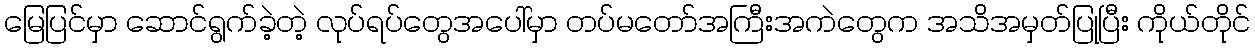
မြေပြင်မှာ ဆောင်ရွက်ခဲ့တဲ့ လုပ်ရပ်တွေအပေါ်မှာ တပ်မတော်အကြီးအကဲတွေက အသိအမှတ်ပြုပြီး ကိုယ်တိုင်